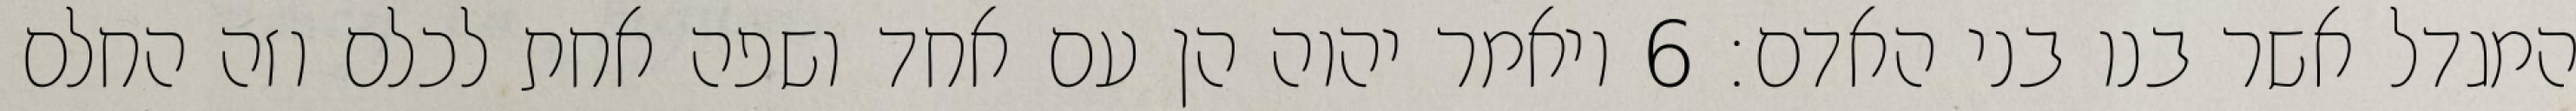
המגדל אשר בנו בני האדם׃ ‎6‏ ויאמר יהוה הן עם אחד ושפה אחת לכלם וזה החלם